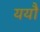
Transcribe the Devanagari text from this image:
ययौ